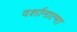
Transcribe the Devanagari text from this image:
दर्शानात्मा